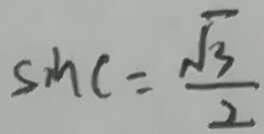
\sin C = \frac { \sqrt { 3 } } { 2 }